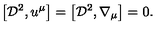
\left[ { \cal D } ^ { 2 } , u ^ { \mu } \right] = \left[ { \cal D } ^ { 2 } , \nabla _ { \mu } \right] = 0 .